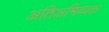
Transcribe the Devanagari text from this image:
अतिअभिव्यक्त